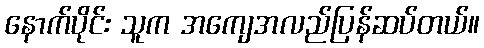
နောက်ပိုင်း သူက အကျေအလည်ပြန်ဆပ်တယ်။